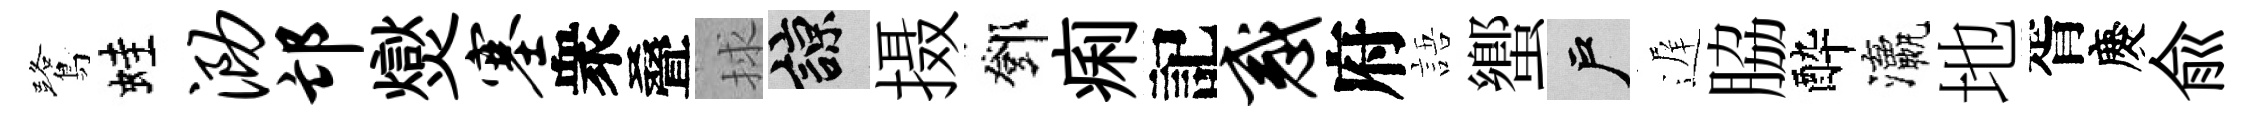
鷺蛙泐邙爕塞衆叠捄諒摄鄧痢記惑府語蠁户遅脇酔瀛地胥慶兪